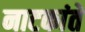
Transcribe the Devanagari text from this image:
नाटकांते